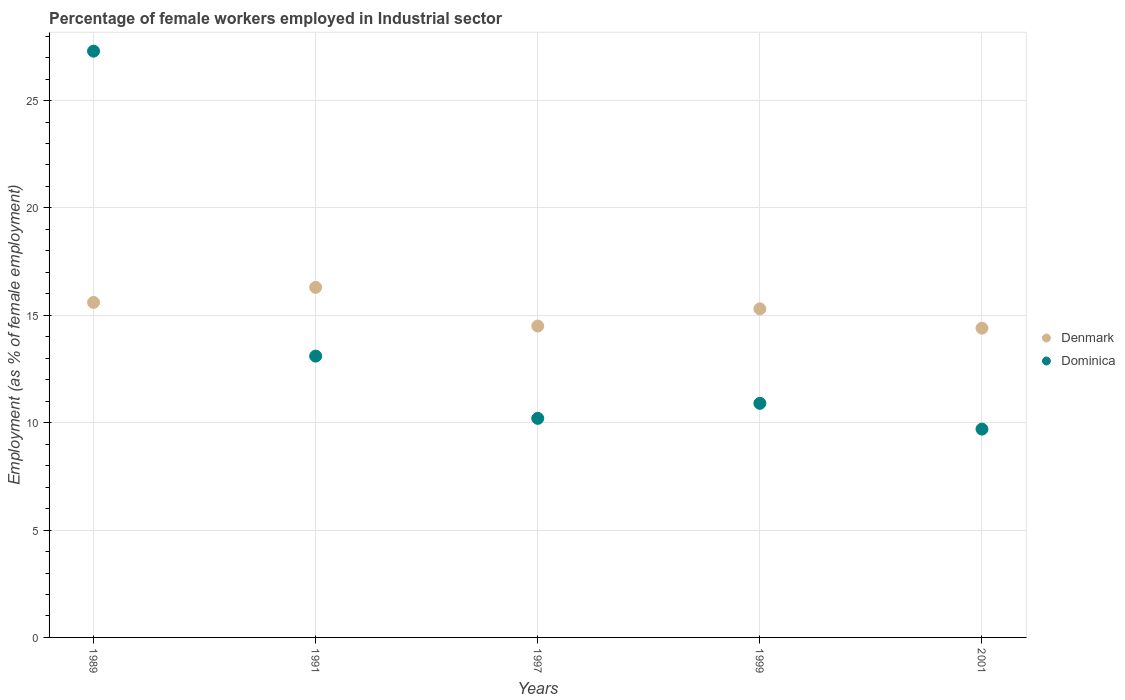
| Years | Denmark | Dominica |
 | --- | --- | --- |
 | 1989 | 15.6 | 27.3 |
 | 1991 | 16.3 | 13.1 |
 | 1997 | 14.5 | 10.2 |
 | 1999 | 15.3 | 10.9 |
 | 2001 | 14.4 | 9.7 |